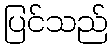
ပြင်သည်